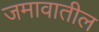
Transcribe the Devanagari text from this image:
जमावातील